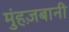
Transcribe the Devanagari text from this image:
मुंहज़बानी